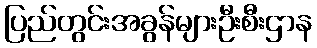
ပြည်တွင်းအခွန်များဦးစီးဌာန